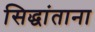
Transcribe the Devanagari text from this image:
सिद्धांताना